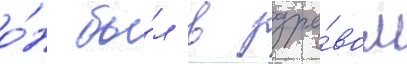
о́н бы́л в здра́вом